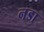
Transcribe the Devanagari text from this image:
नडा